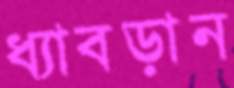
ধ্যাবড়ান